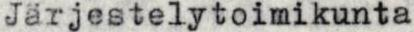
Järjestelytoimikunta